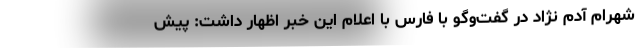
شهرام آدم نژاد در گفت‌وگو با فارس با اعلام این خبر اظهار داشت: پیش